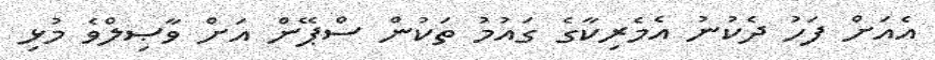
އެއަށް ފަހު ދެކުނު އެމެރިކާގެ ގައުމު ތަކުން ސްޕޭން އަށް ވާޞިލްވެ މުޅި